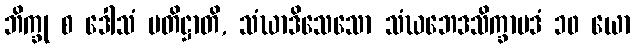
ဘိက္ခု စ ဒေါသံ ပတိဋ္ဌာတိ, သံဃာဒိသေသော သံဃဘေဒသိက္ခာပဒံ ၁၀ ယော